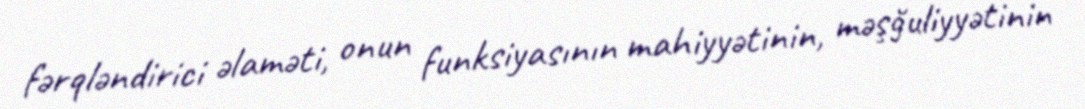
fərqləndirici əlaməti, onun funksiyasının mahiyyətinin, məşğuliyyətinin